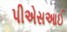
પીએસઆઈ